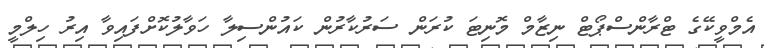
އެމްވީކޭގެ ޓްރާންސްޕޯޓް ނިޒާމް މޮނިޓަ ކުރަން ސަރުކާރުން ކައުންސިލާ ހަވާލުކޮށްފައިވާ އިރު ހިލްމީ